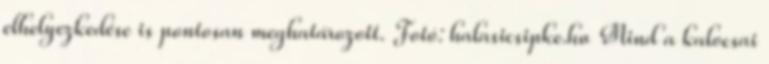
elhelyezkedése is pontosan meghatározott. Fotó: halasicsipke.hu Mind a kalocsai